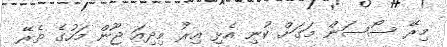
މިރޭ ސޯސަން މަގަށް ކުނި އެޅި އިރު މިދިއަ ޖޫން މަހުގެ ތެރޭ